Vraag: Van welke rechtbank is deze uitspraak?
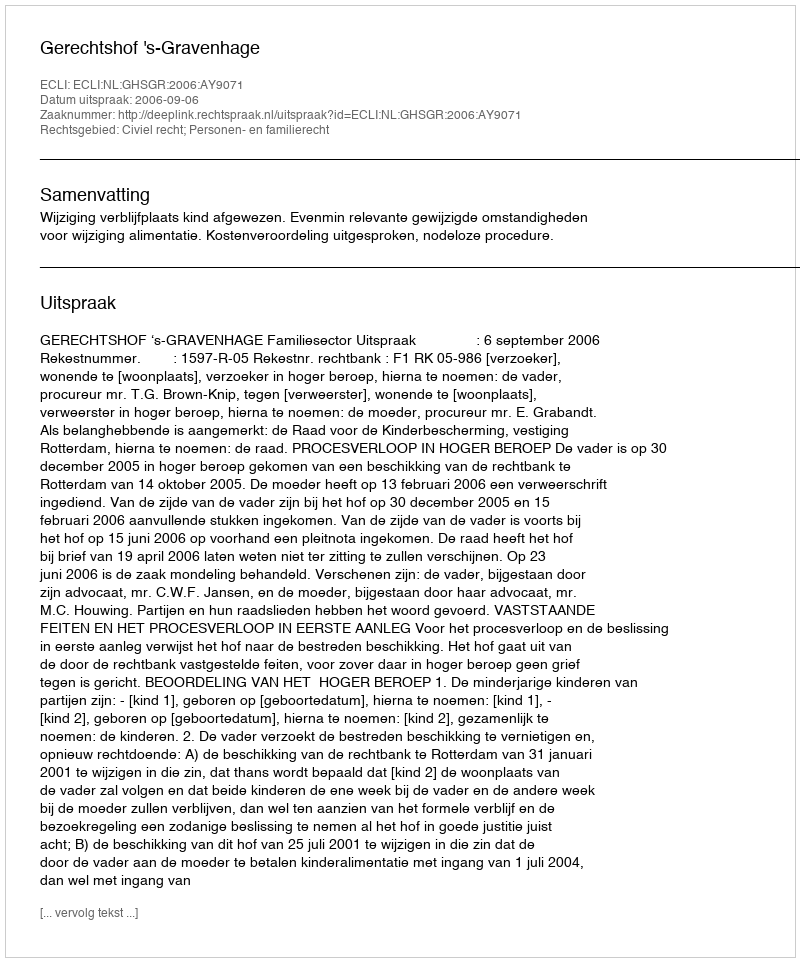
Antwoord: Gerechtshof 's-Gravenhage